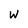
Character: W